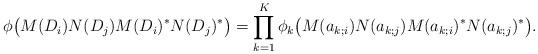
LaTeX: \begin{align*}\phi\big(M(D_i)N(D_j)M(D_i)^*N(D_j)^*\big)=\prod_{k=1}^K\phi_k\big(M(a_{k;i})N(a_{k;j})M(a_{k;i})^*N(a_{k;j})^*\big).\end{align*}